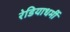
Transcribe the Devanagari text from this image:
रेडियाधर्मी